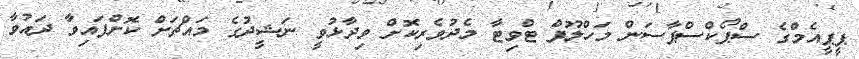
ޕީޕީއެމްގެ ސްޕޯކްސްޕާސަން މަހްލޫފް ޓްވިޓާ މެދުވެރިކޮށް ވިދާޅުވީ ނަޝީދުގެ މައްޗަށް ކޮށްފައިވާ ދައުވާ